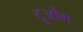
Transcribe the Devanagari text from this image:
ट्रुओंग